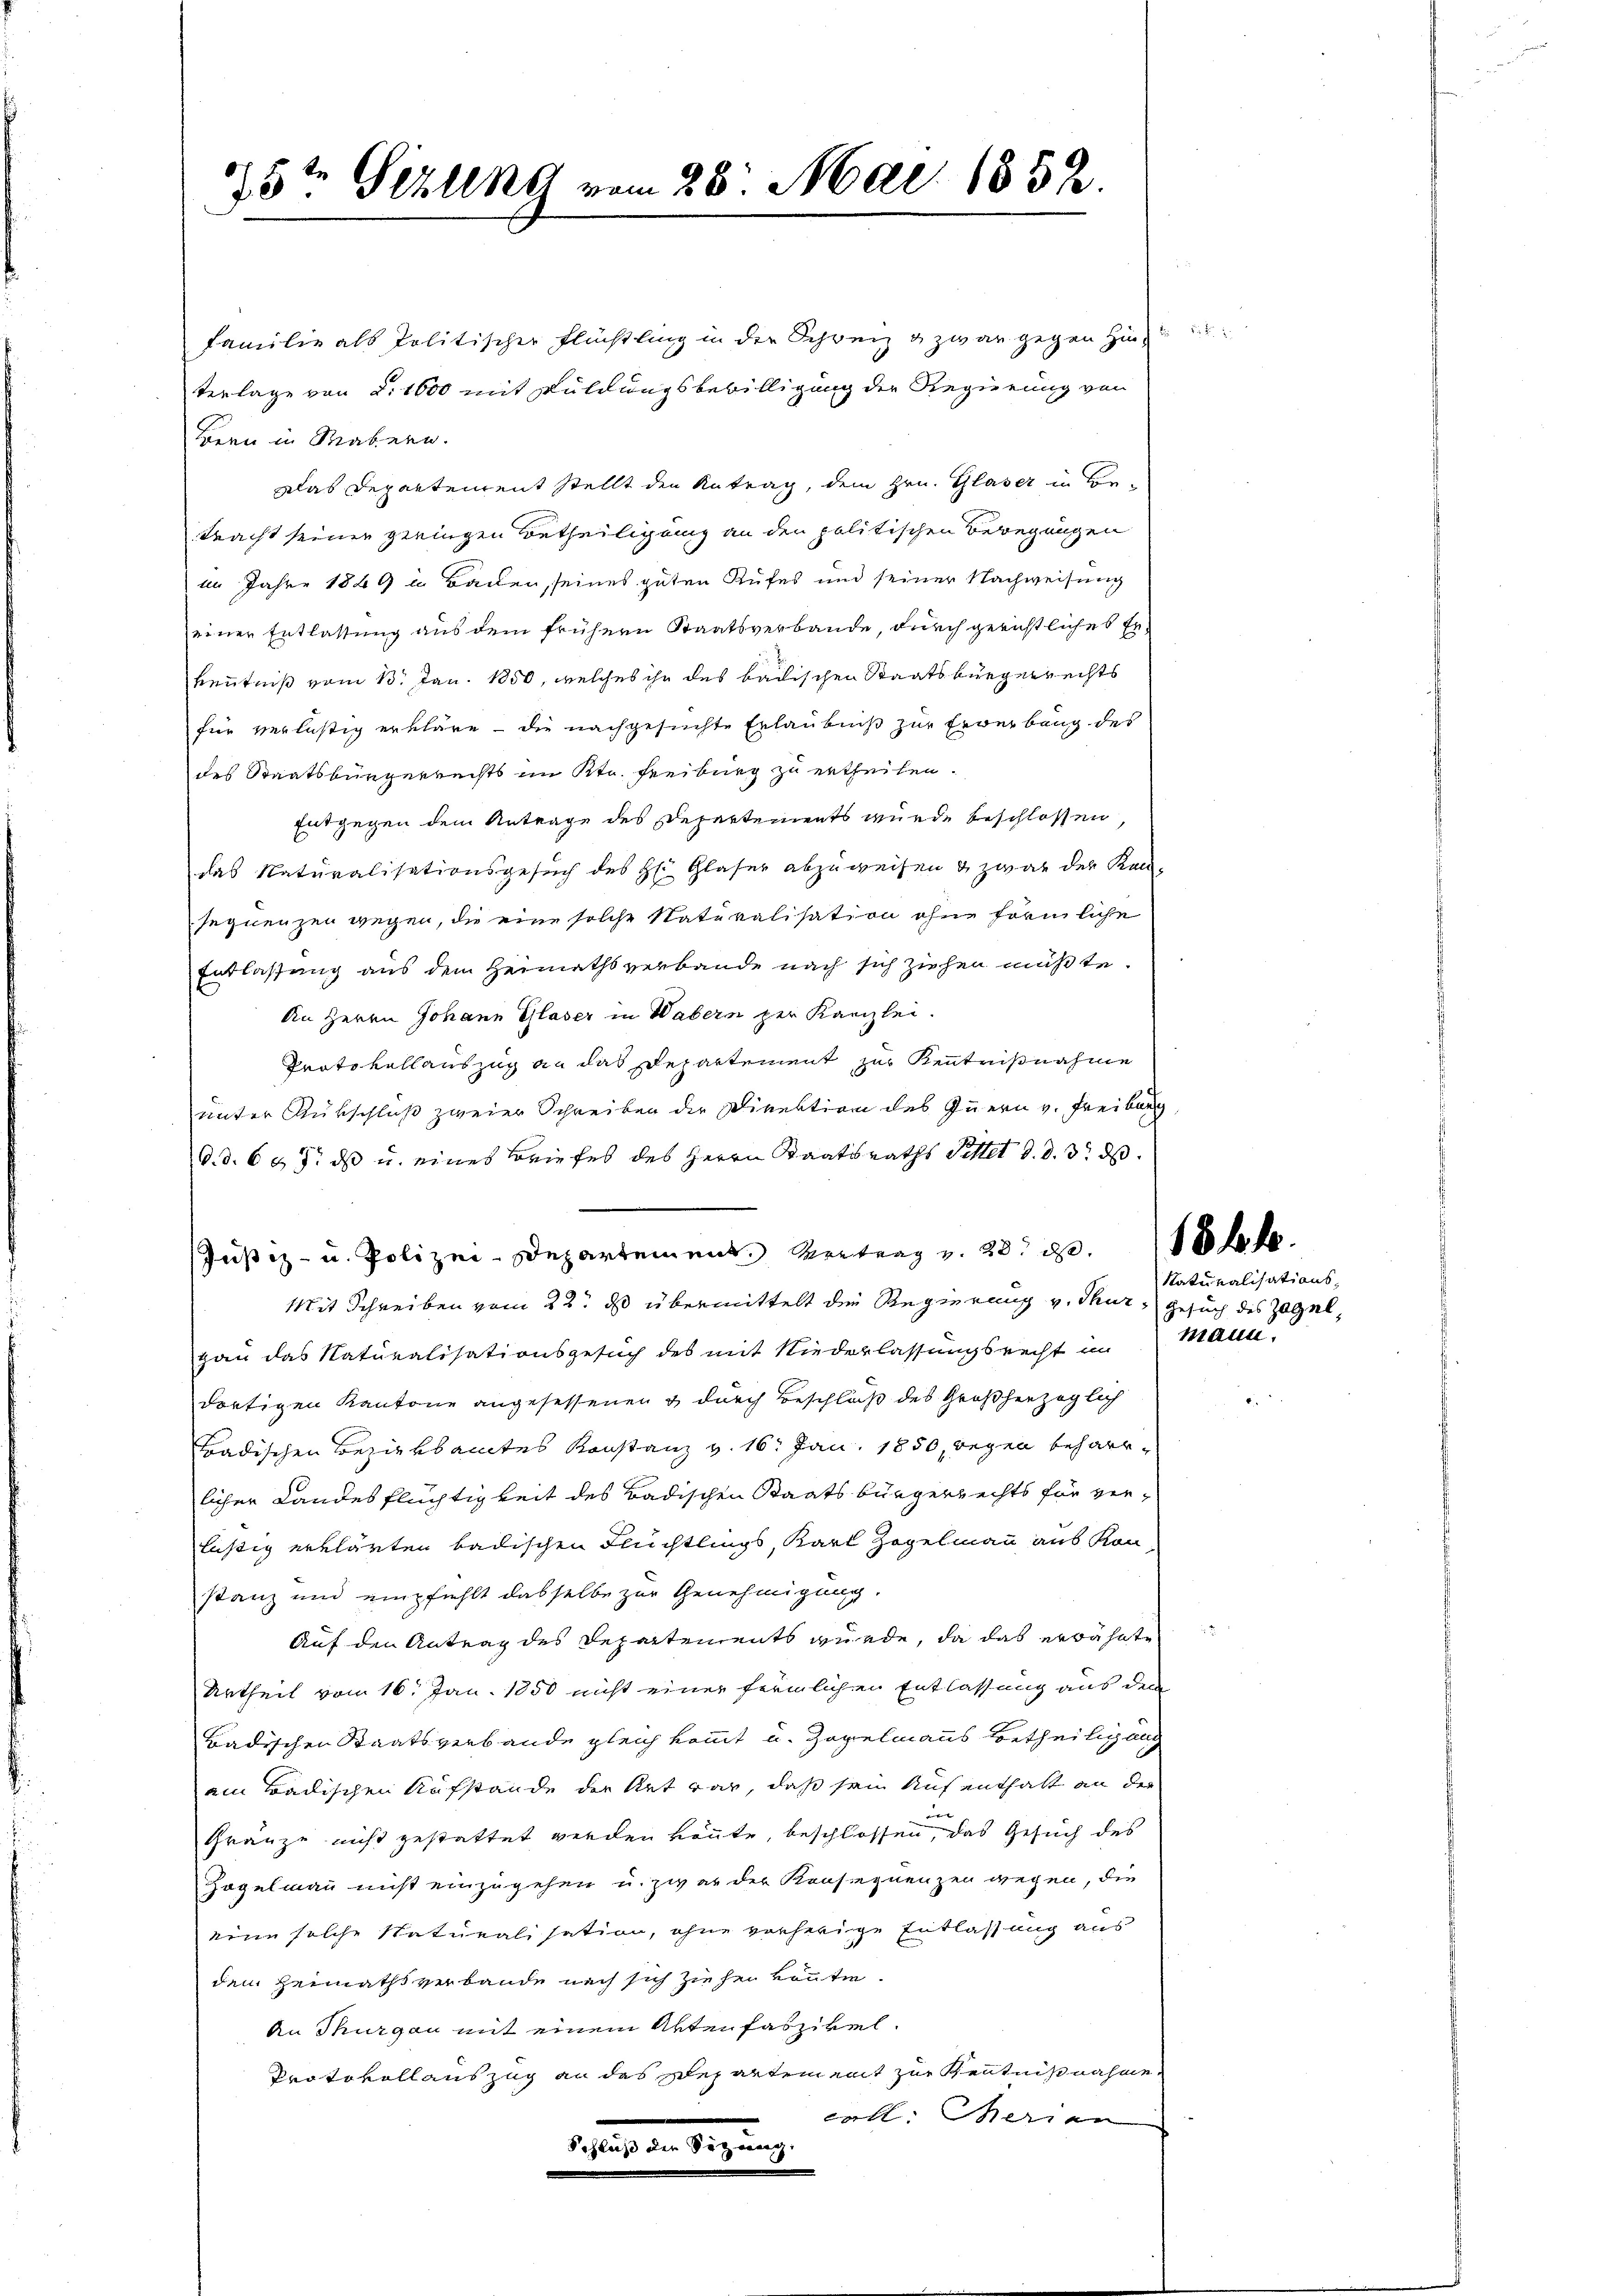
5te Gesung vom 23. Mai 1858.

Familie als Politischer Flüchtling in der Schweiz & zwar gegen Hin-
terlage von 2. 1600 mit Kuldungsbewilligung der Regierung von
Bern in Matern.
Das Departement stellt den Antrag, dem Hrn. Glaser in Betracht seiner geringen Betheiligung an den politischen Bewegungen
im Jahre 1849 in Backen, seines guten Rufes und seiner Nachweisung
einer Entlassung aus dem frühern Staatsverbande, durch gerichtliches Er
kenntniß vom 13. Jan. 1850, welches ihr des badischen Staatsbürgerrechts
für verlästig erkläre - die nachgesuchte Erlaubniß zur Erwerbung des
des Staatsbürgerrechts im Ktn. Freiburg zu ertheilen.
Entgegen dem Antrage des Departements wurde beschlossen,
das Naturalisationsgesuch des H: Glaser abzuweisen & zwar der Kan-
sequenzen wegen, die eine solche Naturalisation ohne förmliche
Entlassung aus dem Heimathsverbande nach sich ziehen müßte.
An Herrn Johann Glaser in Wabern per Kanzlei.
Protokollauszug an das Departement zur Kenntnißnahme
unter Rükschluß zweier Schreiben die Direktion des Innern v. Freiburg
d.d. 605. ds u. eines Briefes des Herrn Staatsraths Sittet d. d. 3. ds.

Justiz- u. Polizei-Departement. Vertrag v. 28. d. 18te
Mit Schreiben vom 22. ds übermittelt die Regierung v. Thur, Gesuch des Zagel,
Hau das Naturalisationsgesuch des mit Niederlassungsrecht in Mann.
dortigen Kantone angesessenen & durch Beschluß des Großherzoglich
radischen Bezirksamtes Konstanz v. 16. Jan. 1850, wegen beharrlicher Landesflüchtigkeit des Badischen Staatsbürgerrechts für verlästig erklärten badischen Flüchtlings, Karl Hegelmann aus Kon-
stanz und empfiehlt dasselbe zur Genehmigung.
Auf den Antrag des Repartements wurde, da das erwähnte
Urtheil vom 16. Jan. 1850 nicht einer förmlichen Entlassung aus dem
Badischen Staatsverbande gleich kommt u. Zopelmanns Betheiligung
ain Badischen Aufstände der Rat war, daß sein Aufenthalt an der

Gränze nicht gestattet werden könnte, beschlossen, das Gesuch des
Zogelmann nicht einzugehen u. zwar der Konsequenzen wegen, die
eine solche Naturalisation, ohne vorherige Entlassung aus
dem Heimathsverbande nach sich ziehen könnte.
An Thurgau mit einem Akten faszikel.
Protokollauszug an das Departement zur Kenntnißnahme
teten
dhause in Bezug

d

Naturalisations¬